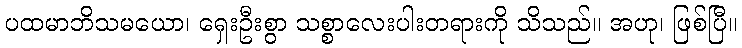
ပထမာဘိသမယော၊ ရှေးဦးစွာ သစ္စာလေးပါးတရားကို သိသည်။ အဟု၊ ဖြစ်ပြီ။